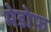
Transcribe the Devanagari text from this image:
मेडोफ़